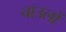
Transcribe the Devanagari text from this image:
चाउलों